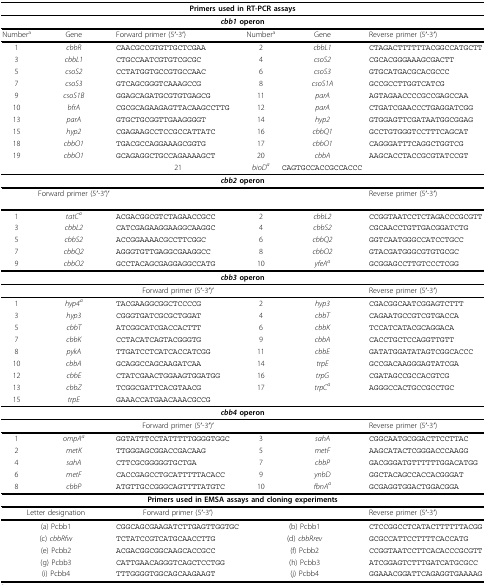
<table><thead><tr><td colspan="6"><b>Primers used in RT-PCR assays</b></td></tr></thead><tbody><tr><td colspan="6"><b><i>cbb1 </i>operon</b></td></tr><tr><td>Number<sup>a</sup></td><td>Gene</td><td>Forward primer (5'-3')</td><td>Number<sup>a</sup></td><td>Gene</td><td>Reverse primer (5'-3')</td></tr><tr><td>1</td><td><i>cbbR</i></td><td>CAACGCCGTGTTGCTCGAA</td><td>2</td><td><i>cbbL1</i></td><td>CTAGACTTTTTTACGGCCATGCTT</td></tr><tr><td>3</td><td><i>cbbL1</i></td><td>CTGCCAATCGTGTCGCGC</td><td>4</td><td><i>csoS2</i></td><td>CGCACGGGAAAGCGACTT</td></tr><tr><td>5</td><td><i>csoS2</i></td><td>CCTATGGTGCCGTGCCAAC</td><td>6</td><td><i>csoS3</i></td><td>GTGCATGACGCACGCCC</td></tr><tr><td>7</td><td><i>csoS3</i></td><td>GTCAGCGGGTCAAAGCCG</td><td>8</td><td><i>csoS1A</i></td><td>GCCGCCTTGGTCATCG</td></tr><tr><td>9</td><td><i>csoS1B</i></td><td>GGAGCAGATGCGTGTGAGCG</td><td>11</td><td><i>parA</i></td><td>AGTAGAACCCCGCCGAGCCAA</td></tr><tr><td>10</td><td><i>bfrA</i></td><td>CGCGCAGAAGAGTTACAAGCCTTG</td><td>12</td><td><i>parA</i></td><td>CTGATCGAACCCTGAGGATCGG</td></tr><tr><td>13</td><td><i>parA</i></td><td>GTGCTGCGGTTGAAGGGGT</td><td>14</td><td><i>hyp2</i></td><td>GTGGAGTTCGATAATGGCGGAG</td></tr><tr><td>15</td><td><i>hyp2</i></td><td>CGAGAAGCCTCCGCCATTATC</td><td>16</td><td><i>cbbQ1</i></td><td>GCCTGTGGGTCCTTTCAGCAT</td></tr><tr><td>18</td><td><i>cbbO1</i></td><td>TGACGCCAGGAAAGCGGTG</td><td>17</td><td><i>cbbO1</i></td><td>CAGGGATTTCAGGCTGGTCG</td></tr><tr><td>19</td><td><i>cbbO1</i></td><td>GCAGAGGCTGCCAGAAAAGCT</td><td>20</td><td><i>cbbA</i></td><td>AAGCACCTACCGCGTATCCGT</td></tr><tr><td>[EMPTY_CELL]</td><td>[EMPTY_CELL]</td><td>[EMPTY_CELL]</td><td>21</td><td><i>bioD<sup>a</sup></i></td><td>CAGTGCCACCGCCACCC</td></tr><tr><td colspan="6"><b><i>cbb2 </i>operon</b></td></tr><tr><td>[EMPTY_CELL]</td><td>Forward primer (5'-3')'</td><td>[EMPTY_CELL]</td><td colspan="2">Reverse primer (5'-3')</td><td>[EMPTY_CELL]</td></tr><tr><td>1</td><td><i>tatC<sup>a</sup></i></td><td>ACGACGGCGTCTAGAACCGCC</td><td>2</td><td><i>cbbL2</i></td><td>CCGGTAATCCTCTAGACCCGCGTT</td></tr><tr><td>3</td><td><i>cbbL2</i></td><td>CATCGAGAAGGAAGGCAAGGC</td><td>4</td><td><i>cbbS2</i></td><td>CGCAACCTGTTGACGGATCTG</td></tr><tr><td>5</td><td><i>cbbS2</i></td><td>ACCGGAAAACGCCTTCGGC</td><td>6</td><td><i>cbbQ2</i></td><td>GGTCAATGGGCCATCCTGCC</td></tr><tr><td>7</td><td><i>cbbQ2</i></td><td>AGGGTGTTGAGGCGAAGGCC</td><td>8</td><td><i>cbbO2</i></td><td>GTACGATGGGCGTGTGCGC</td></tr><tr><td>9</td><td><i>cbbO2</i></td><td>GCCTACAGCGAGGAGGCCATG</td><td>10</td><td><i>yfeA<sup>a</sup></i></td><td>GCGGAGCCTTGTCCCTCGG</td></tr><tr><td colspan="6"><b><i>cbb3 </i>operon</b></td></tr><tr><td>[EMPTY_CELL]</td><td>[EMPTY_CELL]</td><td>Forward primer (5'-3')'</td><td>[EMPTY_CELL]</td><td>[EMPTY_CELL]</td><td>Reverse primer (5'-3')</td></tr><tr><td>1</td><td><i>hyp4<sup>a</sup></i></td><td>TACGAAGGCGGCTCCCCG</td><td>2</td><td><i>hyp3</i></td><td>CGACGGCAATCGGAGTCTTT</td></tr><tr><td>3</td><td><i>hyp3</i></td><td>CGGGTGATCGCGCTGGAT</td><td>4</td><td><i>cbbT</i></td><td>CAGAATGCCGTCGTGACCA</td></tr><tr><td>5</td><td><i>cbbT</i></td><td>ATCGGCATCGACCACTTT</td><td>6</td><td><i>cbbK</i></td><td>TCCATCATACGCAGGACA</td></tr><tr><td>7</td><td><i>cbbK</i></td><td>CCTACATCAGTACGGGTG</td><td>9</td><td><i>cbbA</i></td><td>CACCTGCTCCAGGTTGTT</td></tr><tr><td>8</td><td><i>pykA</i></td><td>TTGATCCTCATCACCATCGG</td><td>11</td><td><i>cbbE</i></td><td>GATATGGATATAGTCGGCACCC</td></tr><tr><td>10</td><td><i>cbbA</i></td><td>GCAGGCCAGCAAGATCAA</td><td>14</td><td><i>trpE</i></td><td>GCCGACAAGGGAGTATCGA</td></tr><tr><td>12</td><td><i>cbbE</i></td><td>CTATCGAACTGGAAGTGGATGG</td><td>16</td><td><i>trpG</i></td><td>CGATAGCCGCCACGTCG</td></tr><tr><td>13</td><td><i>cbbZ</i></td><td>TCGGCGATTCACGTAACG</td><td>17</td><td><i>trpC<sup>a</sup></i></td><td>AGGGCCACTGCCGCCTGC</td></tr><tr><td>15</td><td><i>trpE</i></td><td>GAAACCATGAACAAACGCCG</td><td>[EMPTY_CELL]</td><td>[EMPTY_CELL]</td><td>[EMPTY_CELL]</td></tr><tr><td colspan="6"><b><i>cbb4 </i>operon</b></td></tr><tr><td>[EMPTY_CELL]</td><td>[EMPTY_CELL]</td><td>Forward primer (5'-3')'</td><td>[EMPTY_CELL]</td><td>[EMPTY_CELL]</td><td>Reverse primer (5'-3')</td></tr><tr><td>1</td><td><i>ompA<sup>a</sup></i></td><td>GGTATTTCCTATTTTTGGGGTGGC</td><td>3</td><td><i>sahA</i></td><td>CGGCAATGCGGACTTCCTTAC</td></tr><tr><td>2</td><td><i>metK</i></td><td>TTGGGAGCGGACCGACAAG</td><td>5</td><td><i>metF</i></td><td>AAGCATACTCGGGACCCAAGG</td></tr><tr><td>4</td><td><i>sahA</i></td><td>CTTCGCGGGGGTGCTGA</td><td>7</td><td><i>cbbP</i></td><td>GACGGGATGTTTTTTGGACATGG</td></tr><tr><td>6</td><td><i>metF</i></td><td>CACCGAGCCTGCATTTTTACACC</td><td>9</td><td><i>ynbD</i></td><td>GGCTACAGCCACCACGGGAT</td></tr><tr><td>8</td><td><i>cbbP</i></td><td>ATGTTGCCGGGCAGTTTTATGTC</td><td>10</td><td><i>fbnA<sup>a</sup></i></td><td>GCGAGGTGGACTGGACGGA</td></tr><tr><td colspan="6"><b>Primers used in EMSA assays and cloning experiments</b></td></tr><tr><td colspan="2">Letter designation</td><td>Forward primer (5'-3')</td><td colspan="2">[EMPTY_CELL]</td><td>Reverse primer (5'-3')</td></tr><tr><td colspan="2">(a) Pcbb1</td><td>CGGCAGCGAAGATCTTGAGTTGGTGC</td><td colspan="2">(b) Pcbb1</td><td>CTCCGGCCTCATACTTTTTTACGG</td></tr><tr><td colspan="2">(c) <i>cbbRfw</i></td><td>TCTATCCGTCATGCAACCTTG</td><td colspan="2">(d) <i>cbbRrev</i></td><td>GCGCCATTCCTTTTCACCATG</td></tr><tr><td colspan="2">(e) Pcbb2</td><td>ACGACGGCGGCAAGCACCGCC</td><td colspan="2">(f) Pcbb2</td><td>CCGGTAATCCTTCACACCCGCGTT</td></tr><tr><td colspan="2">(g) Pcbb3</td><td>CATTGAACAGGGTCAGCTCCTGG</td><td colspan="2">(h) Pcbb3</td><td>ATCGGAGTCTTTGATCATGCGCC</td></tr><tr><td colspan="2">(i) Pcbb4</td><td>TTTGGGGTGGCAGCAAGAAGT</td><td colspan="2">(j) Pcbb4</td><td>GGAAACGGATTCAGAGGTGAAAAG</td></tr></tbody></table>